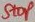
Text: Stop